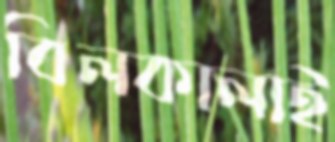
বিলকালাই